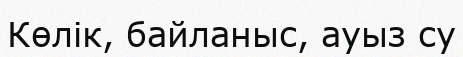
Көлік, байланыс, ауыз су